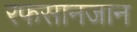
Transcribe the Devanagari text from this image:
रफसानजान